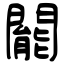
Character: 𨶙